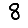
Digit: 8